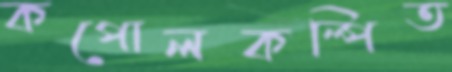
কপোলকল্পিত